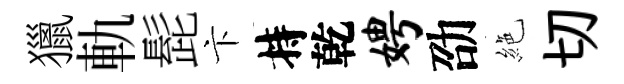
獵軌髭卞持乾娉劭絶切